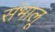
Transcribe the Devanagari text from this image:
संभालूं